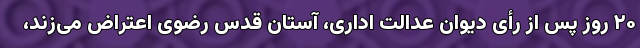
۲۰ روز پس از رأی دیوان عدالت اداری، آستان قدس رضوی اعتراض می‌زند،